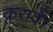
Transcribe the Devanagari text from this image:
करावें।